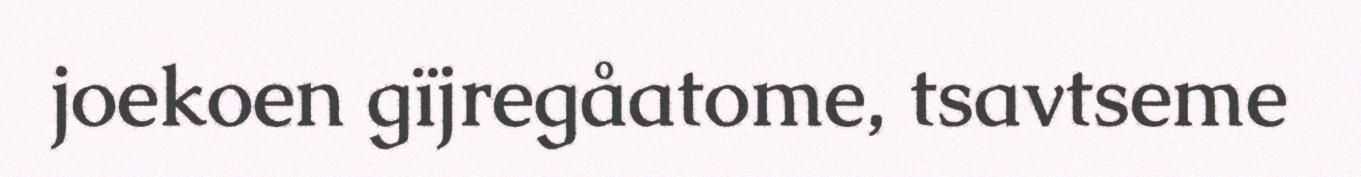
joekoen gïjregåatome, tsavtseme